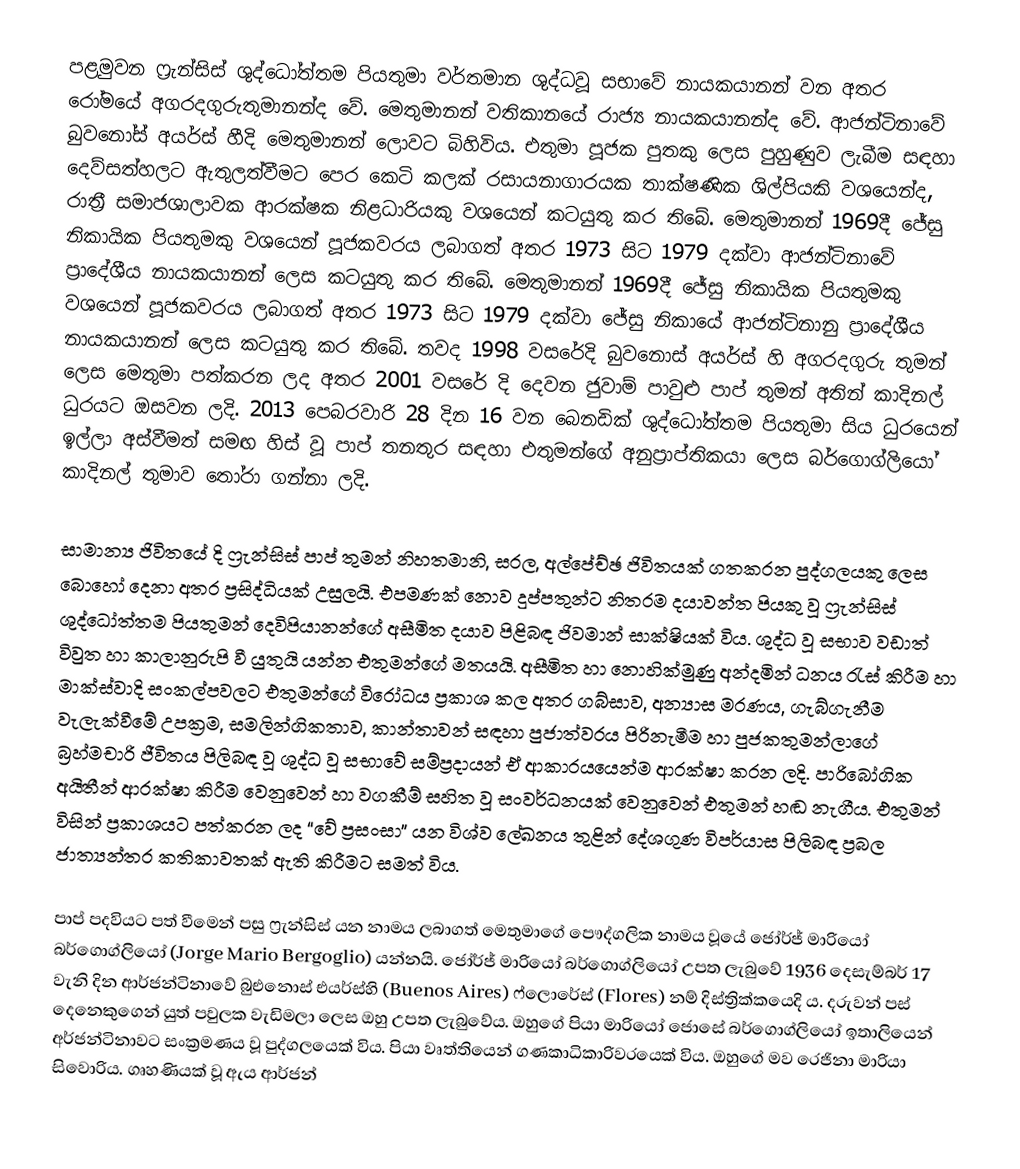
පළමුවන ෆ්‍රැන්සිස් ශුද්ධෝත්තම පියතුමා වර්තමාන ශුද්ධවූ සභාවේ නායකයානන් වන අතර රෝමයේ අගරදගුරුතුමානන්ද වේ. මෙතුමානන් වතිකානයේ රාජ්‍ය නායකයානන්ද වේ. ආජන්ටිනාවේ බුවනෝස් අයර්ස් හීදි මෙතුමානන් ලොවට බිහිවිය. එතුමා පූජක පුතකු ලෙස පුහුණුව ලැබීම සඳහා දෙව්සත්හලට ඇතුලත්වීමට පෙර කෙටි කලක් රසායනාගාරයක තාක්ෂණික ශිල්පියකි වශයෙන්ද, රාත්‍රී සමාජශාලාවක ආරක්ෂක නිළධාරියකු වශයෙන් කටයුතු කර තිබේ. මෙතුමානන් 1969දී ජේසු නිකායික පියතුමකු වශයෙන් පූජකවරය ලබාගත් අතර 1973 සිට 1979 දක්වා ආජන්ටිනාවේ ප්‍රාදේශීය නායකයානන් ලෙස කටයුතු කර තිබේ. මෙතුමානන් 1969දී ජේසු නිකායික පියතුමකු වශයෙන් පූජකවරය ලබාගත් අතර 1973 සිට 1979 දක්වා ජේසු නිකායේ ආජන්ටිනානු ප්‍රාදේශීය නායකයානන් ලෙස කටයුතු කර තිබේ. තවද 1998 වසරේදි බුවනොස් අයර්ස් හි අගරදගුරු තුමන් ලෙස මෙතුමා පත්කරන ලද අතර 2001 වසරේ දි දෙවන ජුවාම් පාවුළු පාප් තුමන් අතින් කාදිනල් ධුරයට ඔසවන ලදි. 2013 පෙබරවාරි 28 දින 16 වන බෙනඩික් ශුද්ධෝත්තම පියතුමා සිය ධුරයෙන් ඉල්ලා අස්වීමත් සමඟ හිස් වූ පාප් තනතුර සඳහා එතුමන්ගේ අනුප්‍රාප්තිකයා ලෙස බර්ගොග්ලියෝ කාදිනල් තුමාව තෝරා ගන්නා ලදි.

සාමාන්‍ය ජිවිතයේ දි ෆ්‍රැන්සිස් පාප් තුමන් නිහතමානි, සරල, අල්පේච්ඡ ජිවිතයක් ගතකරන පුද්ගලයකු ලෙස බොහෝ දෙනා අතර ප්‍රසිද්ධියක් උසුලයි. එපමණක් නොව දුප්පතුන්ට නිතරම දයාවන්ත පියකු වූ ෆ්‍රැන්සිස් ශුද්ධෝත්තම පියතුමන් දෙවිපියානන්ගේ අසීමිත දයාව පිළිබඳ ජිවමාන් සාක්ෂියක් විය. ශුද්ධ වූ සභාව වඩාත් විවුත හා කාලානුරුපි වී යුතුයි යන්න එතුමන්ගේ මතයයි. අසීමිත හා නොහික්මුණු අන්දමින් ධනය රැස් කිරීම හා මාක්ස්වාදි සංකල්පවලට එතුමන්ගේ විරෝධය ප්‍රකාශ කල අතර ගබ්සාව, අන්‍යාස මරණය, ගැබ්ගැනීම වැලැක්වීමේ උපක්‍රම, සමලින්ගිකතාව, කාන්තාවන් සඳහා පුජාත්වරය පිරිනැමීම හා පුජකතුමන්ලාගේ බ්‍රහ්මචාරි ජීවිතය පිලිබඳ වූ ශුද්ධ වූ සභාවේ සම්ප්‍රදායන් ඒ ආකාරයයෙන්ම ආරක්ෂා කරන ලදි. පාරිබෝගික අයිතීන් ආරක්ෂා කිරීම වෙනුවෙන් හා වගකීම් සහිත වූ සංවර්ධනයක් වෙනුවෙන් එතුමන් හඬ නැගීය. එතුමන් විසින් ප්‍රකාශයට පත්කරන ලද “වේ ප්‍රසංසා” යන විශ්ව ලේඛනය තුළින් දේශගුණ විපර්යාස පිලිබඳ ප්‍රබල ජාත්‍යන්තර කතිකාවතක් ඇති කිරීමට සමත් විය.

පාප් පදවියට පත් වීමෙන් පසු ෆ්‍රැන්සිස් යන නාමය ලබාගත් මෙතුමාගේ පෞද්ගලික නාමය වූයේ ජෝර්ජ් මාරියෝ බර්ගොග්ලියෝ (Jorge Mario Bergoglio) යන්නයි. ජෝර්ජ් මාරියෝ බර්ගොග්ලියෝ උපත ලැබුවේ 1936 දෙසැම්බර් 17 වැනි දින ආර්ජන්ටිනාවේ බුඑනොස් එයර්ස්හි (Buenos Aires) ෆ්ලොරේස් (Flores) නම් දිස්ත්‍රික්කයෙදි ය. දරුවන් පස් දෙනෙකුගෙන් යුත් පවුලක වැඩිමලා ලෙස ඔහු උපත ලැබුවේය. ඔහුගේ පියා මාරියෝ ජොසේ  බර්ගොග්ලියෝ ඉතාලියෙන් අර්ජන්ටිනාවට සංක්‍රමණය වූ පුද්ගලයෙක් විය. පියා වෘත්තියෙන් ගණකාධිකාරිවරයෙක් විය. ඔහුගේ මව රෙජිනා මාරියා සිවොරිය. ගෘහණියක් වූ ඇය ආර්ජන්